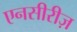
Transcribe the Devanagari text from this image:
एनसीरीज़